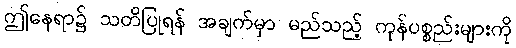
ဤနေရာ၌ သတိပြုရန် အချက်မှာ မည်သည့် ကုန်ပစ္စည်းများကို